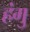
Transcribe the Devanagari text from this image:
हंगु